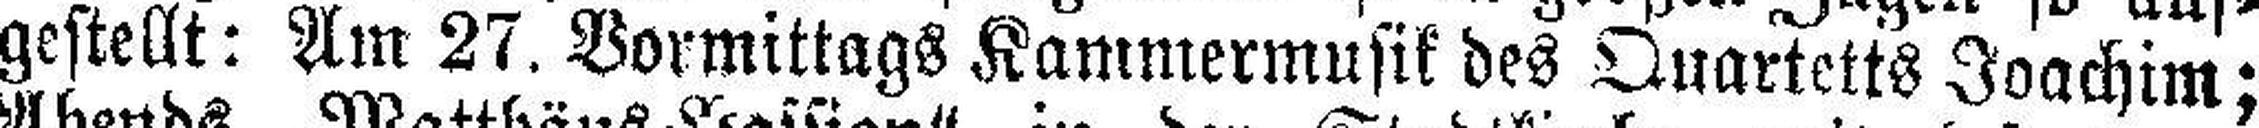
gestellt : Am 27. Vormittags Kammermusik des Quartetts Joachim;